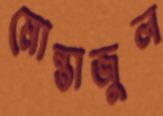
মোন্তাজুল